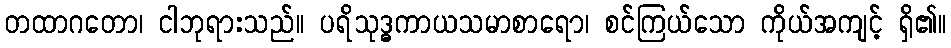
တထာဂတော၊ ငါဘုရားသည်။ ပရိသုဒ္ဓကာယသမာစာရော၊ စင်ကြယ်သော ကိုယ်အကျင့် ရှိ၏။